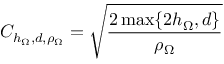
C _ { h _ { \Omega } , d , \rho _ { \Omega } } = \sqrt { \frac { 2 \operatorname* { m a x } \{ 2 h _ { \Omega } , d \} } { \rho _ { \Omega } } }